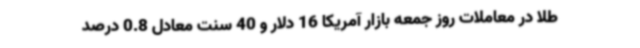
طلا در معاملات روز جمعه بازار آمریکا 16 دلار و 40 سنت معادل 0.8 درصد